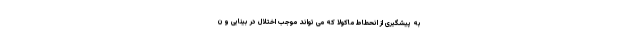
به پیشگیری از انحطاط ماکولا که می تواند موجب اختلال در بینایی و ن